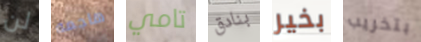
لن هاجمه تامي بنادق بخير بتخريب